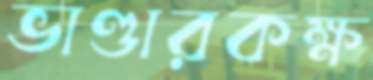
ভাণ্ডারকক্ষ